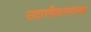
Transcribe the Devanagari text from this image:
उदात्तीकरणाचा